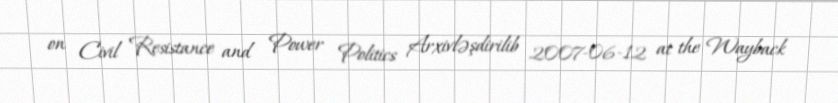
on Civil Resistance and Power Politics Arxivləşdirilib 2007-06-12 at the Wayback